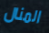
المنال